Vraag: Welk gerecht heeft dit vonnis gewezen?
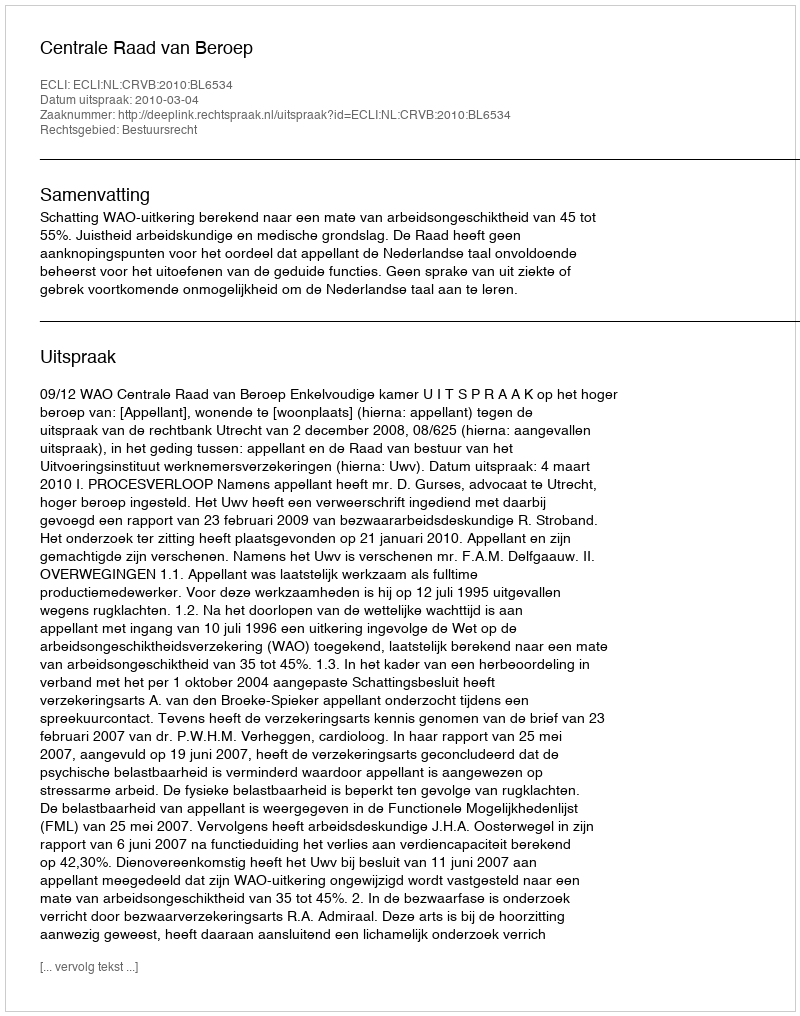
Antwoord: Centrale Raad van Beroep